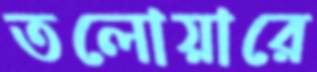
তলোয়ারে